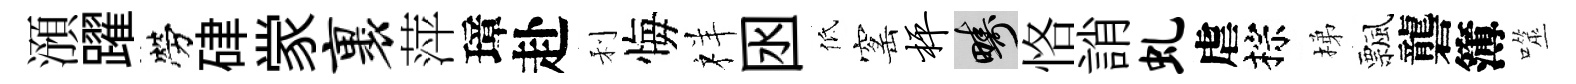
澦躍勞硉䝉裹萍璋赴利悔祥囦低窰枰疇恪誚虬虐棕梯飄礱簿噬